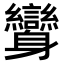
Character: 𨊟